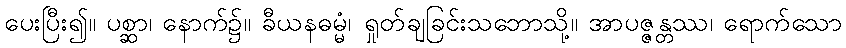
ပေးပြီး၍။ ပစ္ဆာ၊ နောက်၌။ ခီယနဓမ္မံ၊ ရှုတ်ချခြင်းသဘောသို့။ အာပဇ္ဇန္တဿ၊ ရောက်သော